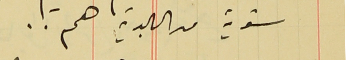
سنوية من البلدية هم . .